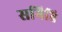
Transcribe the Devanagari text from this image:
समिति